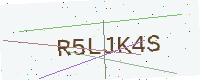
Text: R5LJK4S